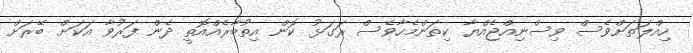
ހިއްލަތަށްވެސް ވިސްނިއްޖެއްޔާ ކިތަންމެހާވެސް ރަގަޅު ކޮން އިތުބާރެއްއޮތީ ދެން ފަރުވާ އަކަށް ބޭރަށް